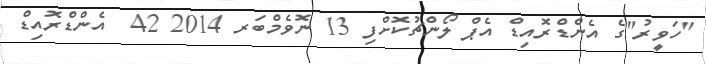
"ހަވީރު"ގެ އެންޑްރޮއިޑް އެޕް ލޯންޗުކޮށްފި 13 ނޮވެމްބަރ 2014 42  އެންޑްރޮއިޑް